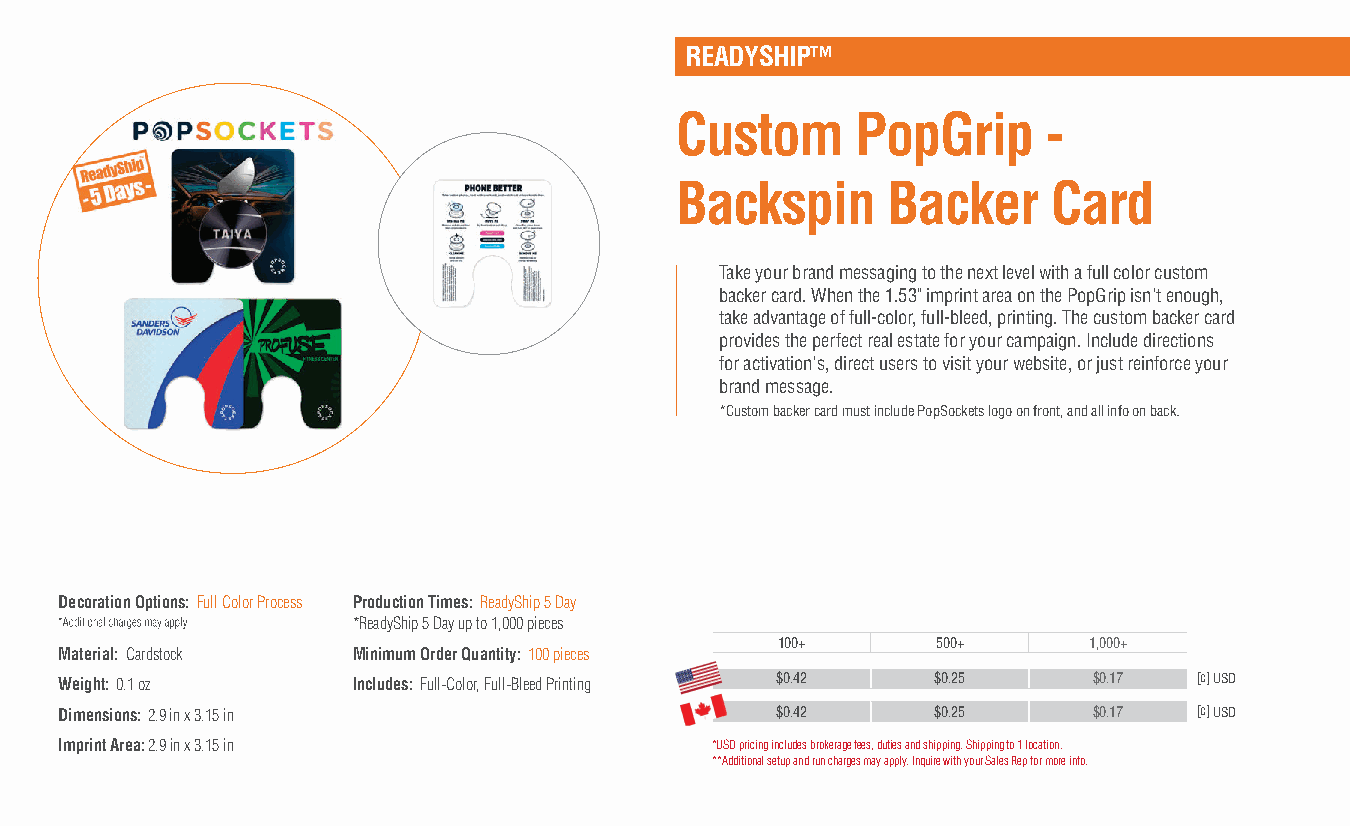
READYSHIP™
 Custom      PopGrip     -
 Backspin      Backer     Card
 Take your brand messaging to the next level with a full color custom
 backer card. When the 1.53" imprint area on the PopGrip isn't enough,
 take advantage of full-color, full-bleed, printing. The custom backer card
 provides the perfect real estate for your campaign. Include directions
 for activation's, direct users to visit your website, or just reinforce your
 brand message.
 *Custom backer card must include PopSockets logo on front, and all info on back.
 Decoration Options: Full Color Process Production Times: ReadyShip 5 Day
 *ReadyShip 5 Day up to 1,000 pieces
 100+      500+      1,000+
 Material: Cardstock Minimum Order Quantity: 100 pieces
 Weight: 0.1 oz     Includes: Full-Color, Full-Bleed Printing $0.42 $0.25 $0.17 [c] USD
 Dimensions: 2.9 in x 3.15 in                   $0.42      $0.25     $0.17  [c] USD
 Imprint Area: 2.9 in x 3.15 in             *USD pricing includes brokerage fees, duties and shipping. Shipping to 1 location.
 **Additional setup and run charges may apply. Inquire with your Sales Rep for more info.